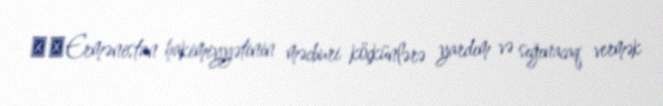
▪️Ermənistan hakimiyyətinin məcburi köçkünlərə yardım və sığınacaq vermək